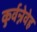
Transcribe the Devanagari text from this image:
कुर्वन्नेवेह